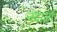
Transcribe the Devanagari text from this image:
नंदाला